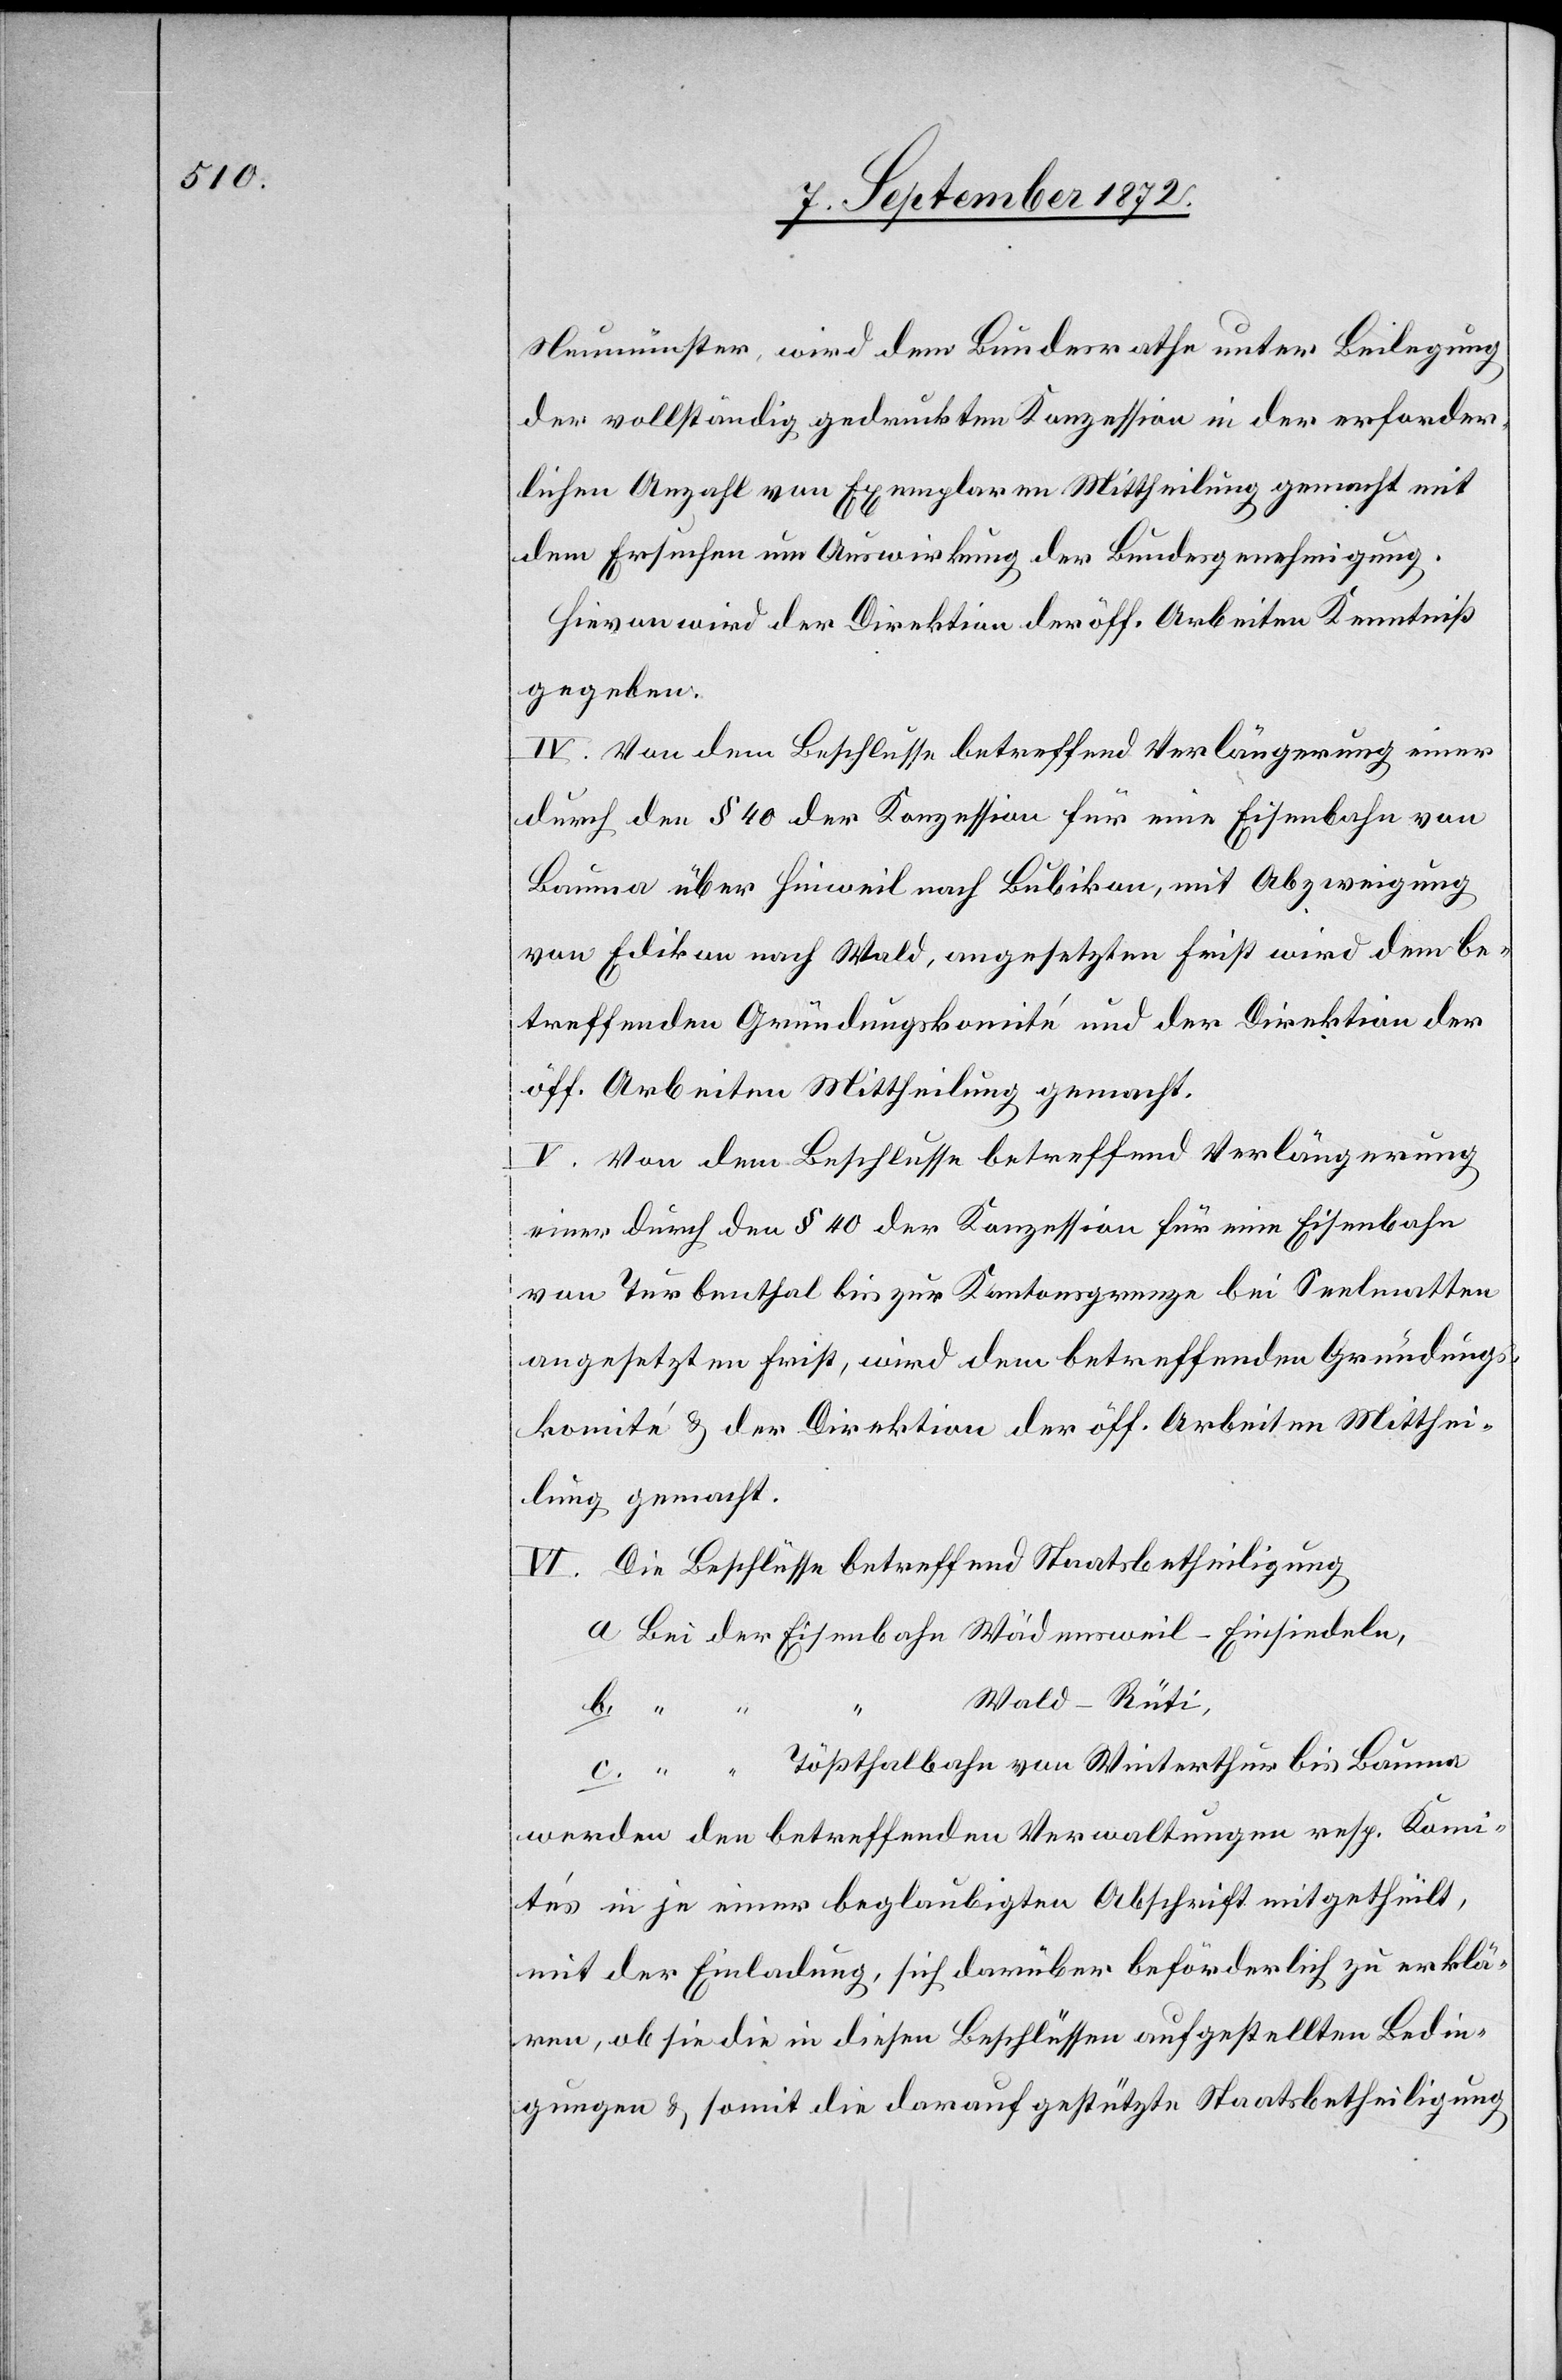
Neumünster, wird dem Bundesrathe unter Beilegung
der vollständig gedruckten Konzession in der erforder¬
lichen Anzahl von Exemplaren Mittheilung gemacht mit
dem Ersuchen um Auswirkung der Bundesgenehmigung.
Hievon wird der Direktion der öff. Arbeiten Kenntniß
gegeben.
IV. Von dem Beschlusse betreffend Verlängerung einer
durch den § 40 der Konzession für eine Eisenbahn von
Bauma über Hinweil nach Bubikon, mit Abzweigung
von Edikon nach Wald, angesetzten Frist wird dem be¬
treffenden Gründungskomité und der Direktion der
öff. Arbeiten Mittheilung gemacht.
V. Von dem Beschlusse betreffend Verlängerung
einer durch den § 40 der Konzession für eine Eisenbahn
von Turbenthal bis zur Kantonsgrenze bei Seelmatten
angesetzten Frist, wird dem betreffenden Gründungs¬
komité u. der Direktion der öff. Arbeiten Mitthei¬
lung gemacht.
VI. Die Beschlüsse betreffend Staatsbetheiligung,
Wald–Rüti
Bauma
b.
“
werden den betreffenden Verwaltungen resp. Komi¬
tés in je einer beglaubigten Abschrift mitgetheilt,
mit der Einladung, sich darüber beförderlich zu erklä¬
ren, ob sie die in diesen Beschlüssen aufgestellten Bedin¬
gungen u. somit die darauf gestützte Staatsbetheiligung